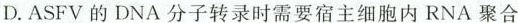
D.ASFV的DNA分子转录时需要宿主细胞内RNA聚合